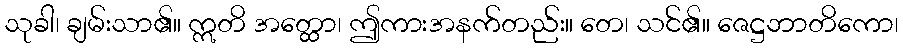
သုခါ၊ ချမ်းသာ၏။ ဣတိ အတ္ထော၊ ဤကားအနက်တည်း။ တေ၊ သင်၏။ ဇေဋ္ဌဘာတိကော၊